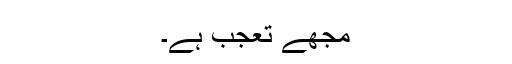
مجھے تعجب ہے۔